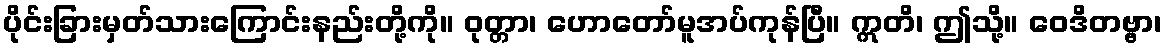
ပိုင်းခြားမှတ်သားကြောင်းနည်းတို့ကို။ ဝုတ္တာ၊ ဟောတော်မူအပ်ကုန်ပြီ။ ဣတိ၊ ဤသို့။ ဝေဒိတဗ္ဗာ၊